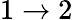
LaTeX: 1\rightarrow 2